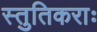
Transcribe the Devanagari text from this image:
स्तुतिकराः